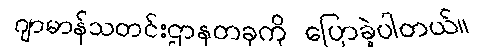
ဂျာမာန်သတင်းဌာနတခုကို ပြောခဲ့ပါတယ်။